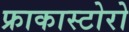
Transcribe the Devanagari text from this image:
फ्राकास्टोरो